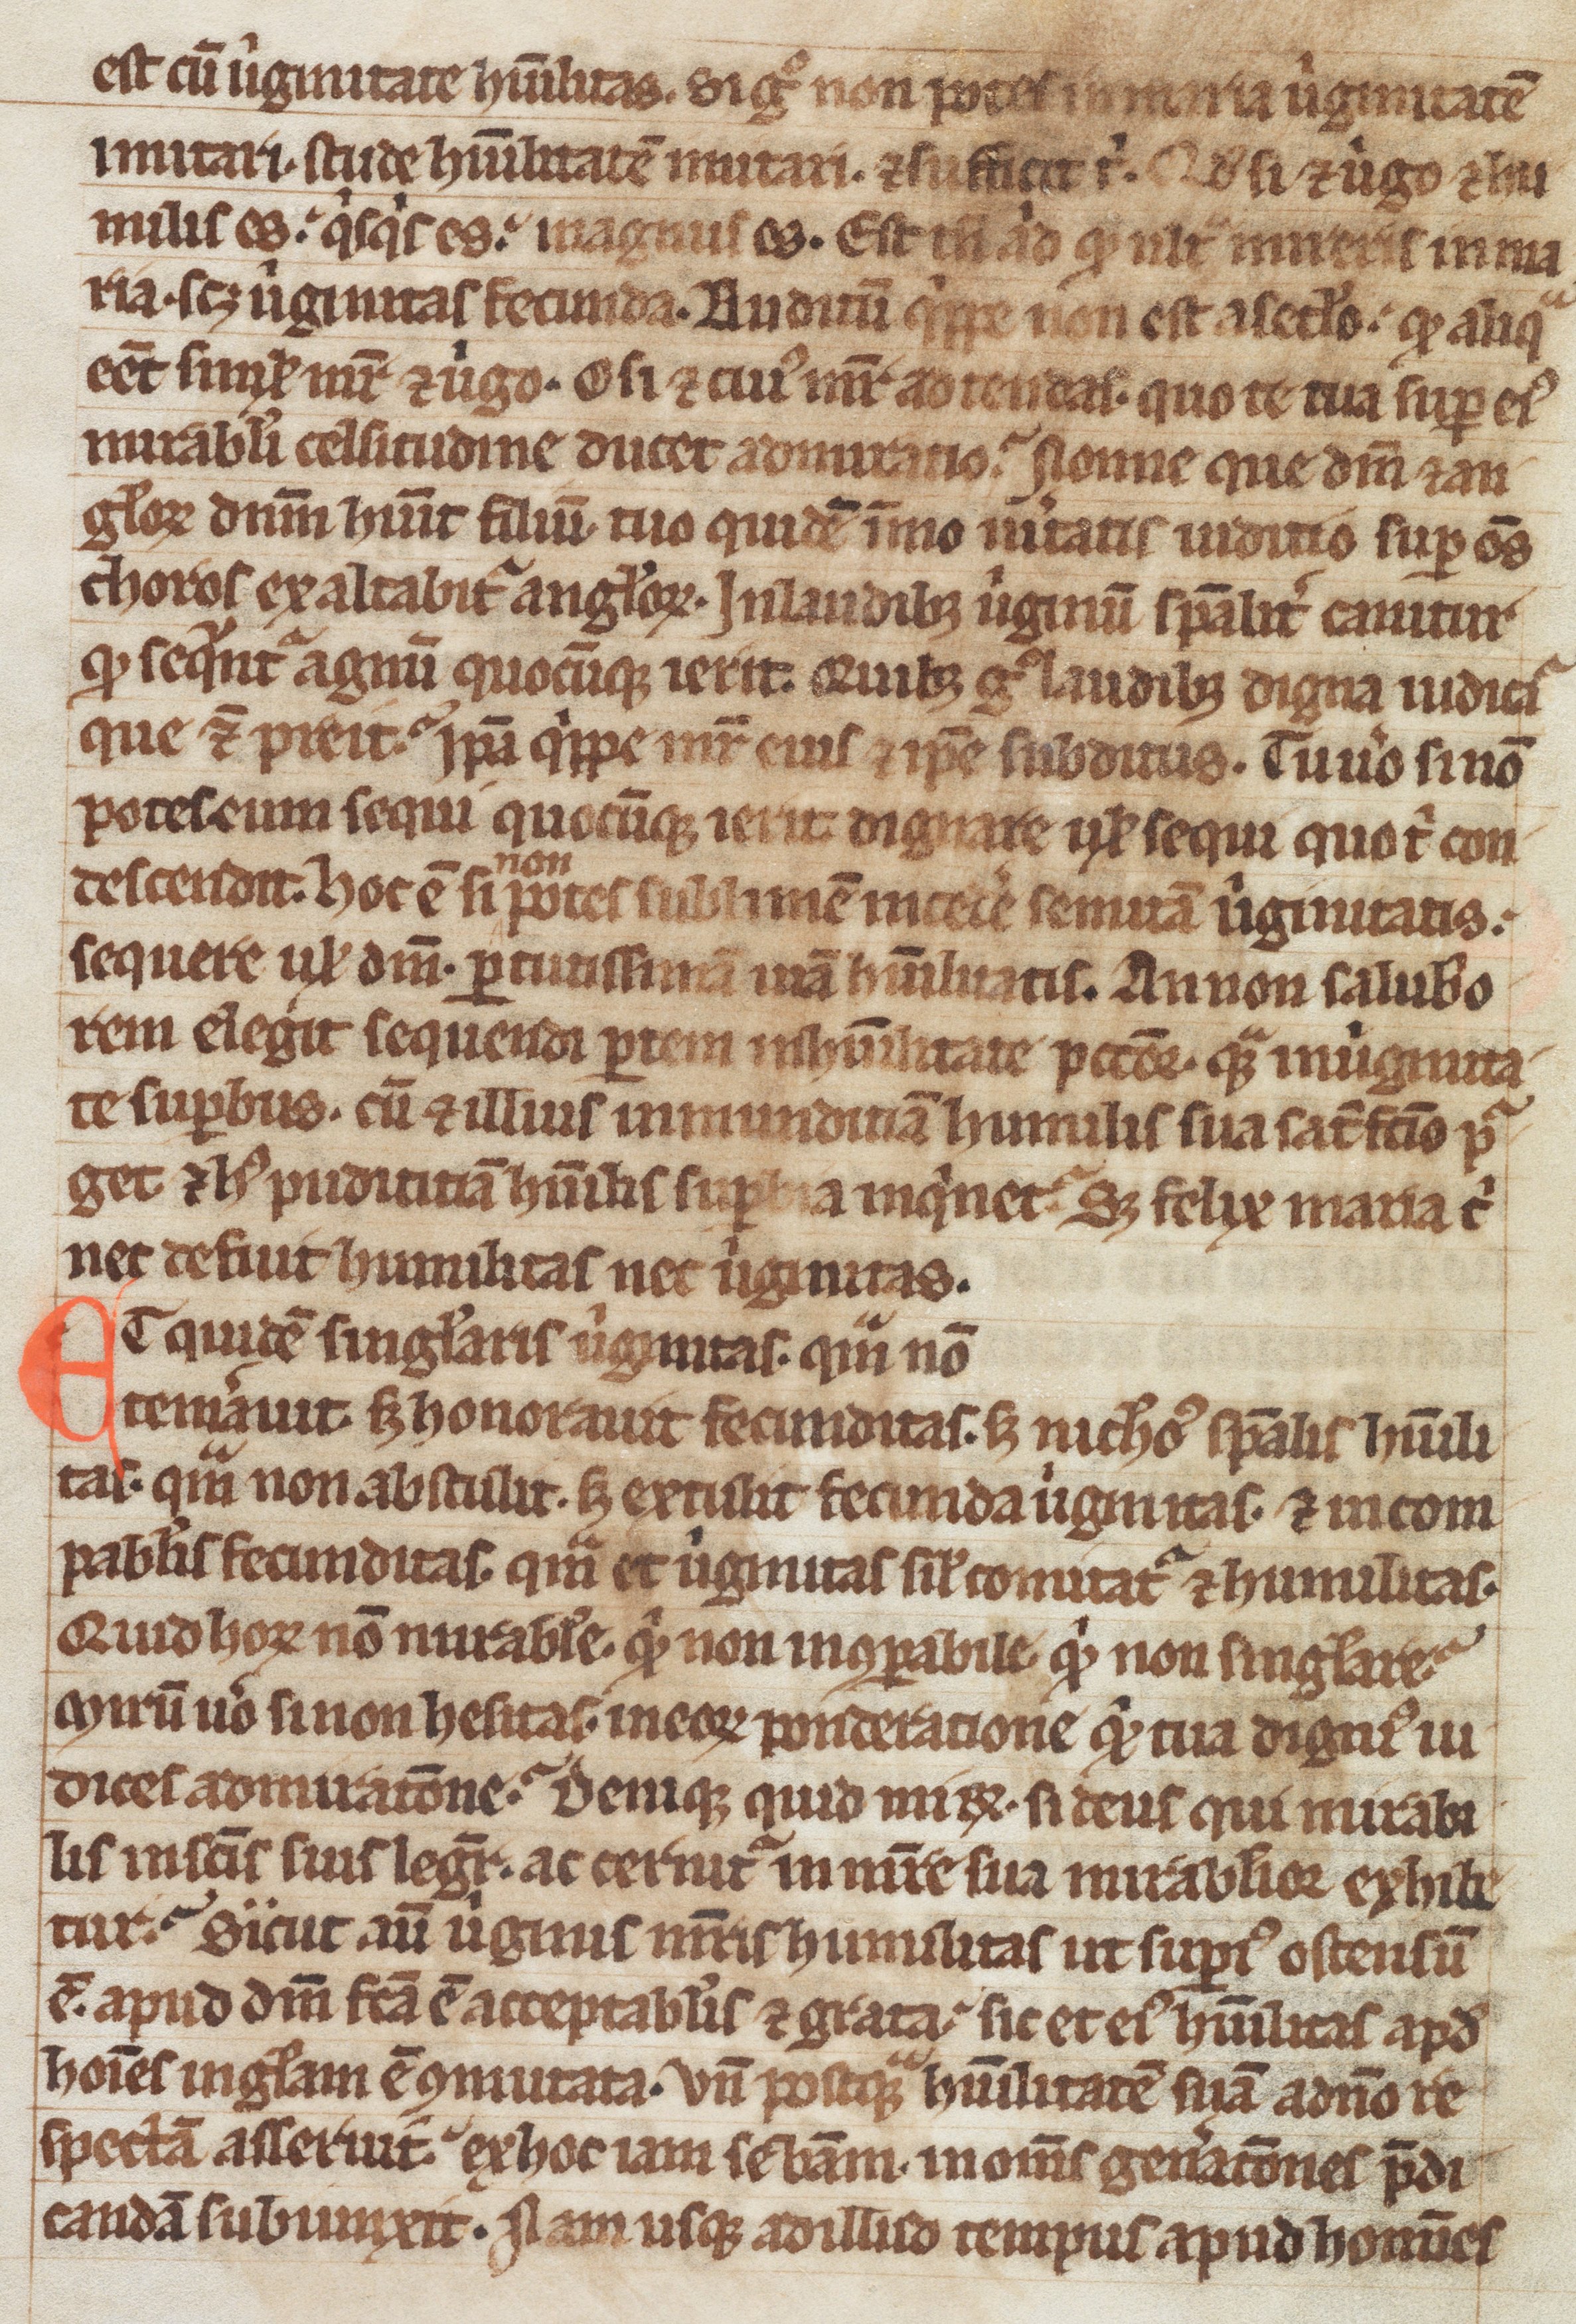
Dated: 1300–1399